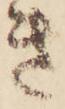
き